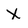
Character: x